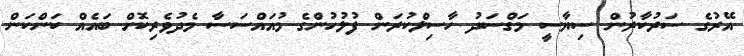
އޭރުގެ ސަރުކާރުން ސިޔާސީ މަގްސަދު ހާސިލްކުރަން ފުލުހުންގެ މުއައްސަސާ މެދުވެރިކޮށް ބައެއް ކަންކަން